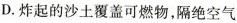
D.炸起的沙土覆盖可燃物，隔绝空气